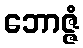
ဘောဇ္ဇံ